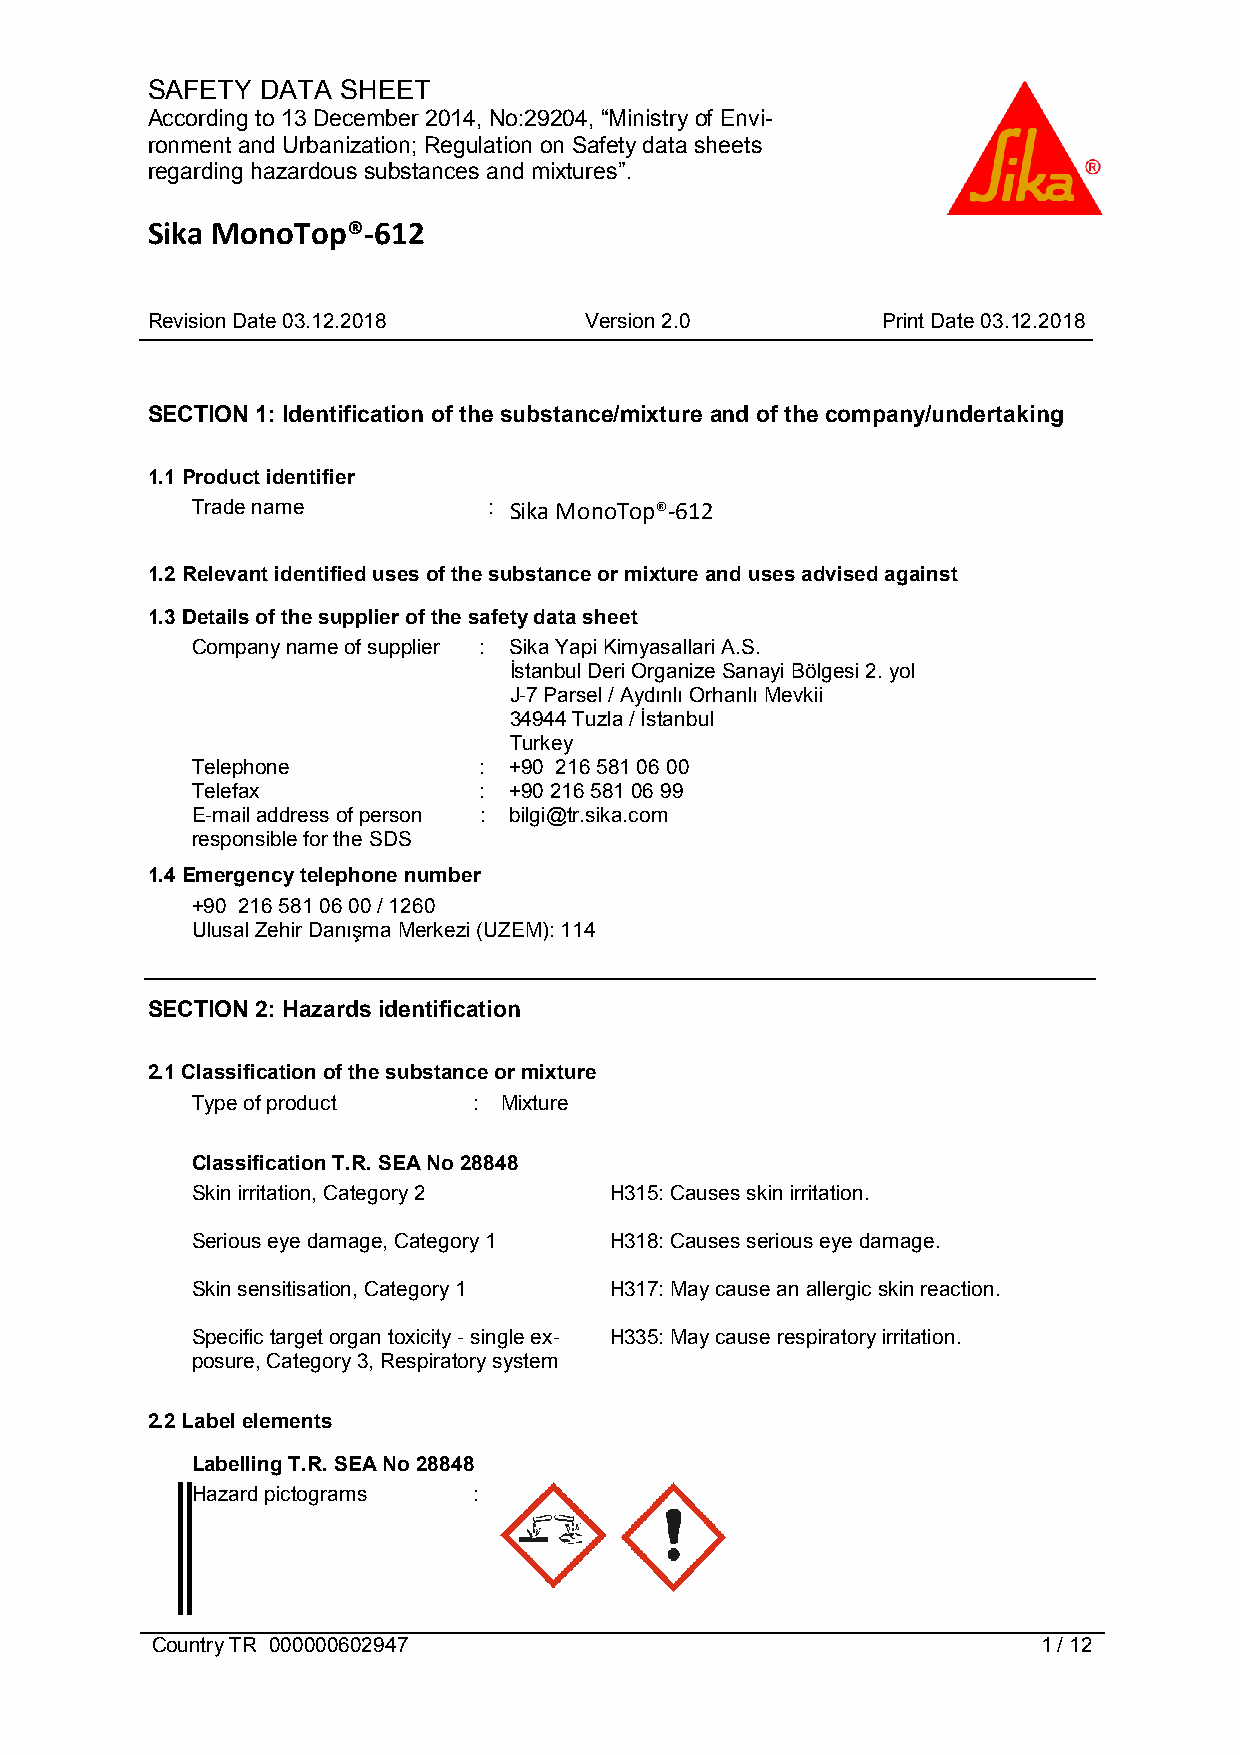
SAFETY DATA  SHEET
 According to 13 December 2014, No:29204, “Ministry of Envi-
 ronment and Urbanization; Regulation on Safety data sheets
 regarding hazardous substances and mixtures”.
 Sika MonoTop®-612
 Revision Date 03.12.2018     Version 2.0        Print Date 03.12.2018
 SECTION 1: Identification of the substance/mixture and of the company/undertaking
 1.1 Product identifier
 Trade name         : Sika MonoTop®-612
 1.2 Relevant identified uses of the substance or mixture and uses advised against
 1.3 Details of the supplier of the safety data sheet
 Company name of supplier : Sika Yapi Kimyasallari A.S.
 İstanbul Deri Organize Sanayi Bölgesi 2. yol
 J-7 Parsel / Aydınlı Orhanlı Mevkii
 34944 Tuzla / İstanbul
 Turkey
 Telephone          : +90 216 581 06 00
 Telefax            : +90 216 581 06 99
 E-mail address of person : bilgi@tr.sika.com
 responsible for the SDS
 1.4 Emergency telephone number
 +90 216 581 06 00 / 1260
 Ulusal Zehir Danışma Merkezi (UZEM): 114
 SECTION 2: Hazards identification
 2.1 Classification of the substance or mixture
 Type of product   : Mixture
 Classification T.R. SEA No 28848
 Skin irritation, Category 2 H315: Causes skin irritation.
 Serious eye damage, Category 1 H318: Causes serious eye damage.
 Skin sensitisation, Category 1 H317: May cause an allergic skin reaction.
 Specific target organ toxicity - single ex- H335: May cause respiratory irritation.
 posure, Category 3, Respiratory system
 2.2 Label elements
 Labelling T.R. SEA No 28848
 Hazard pictograms :
 Country TR 000000602947                                    1 / 12